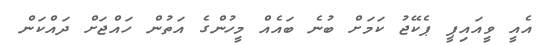
އެއީ ވީއައިޕީ ޕެކޭޖު ކަމަށް ބުނެ ބައެއް މީހުންގެ އަތުން ހައްޖަށް ދައްކަން